Papers set at the Examination for Leaving Certificates, 1894
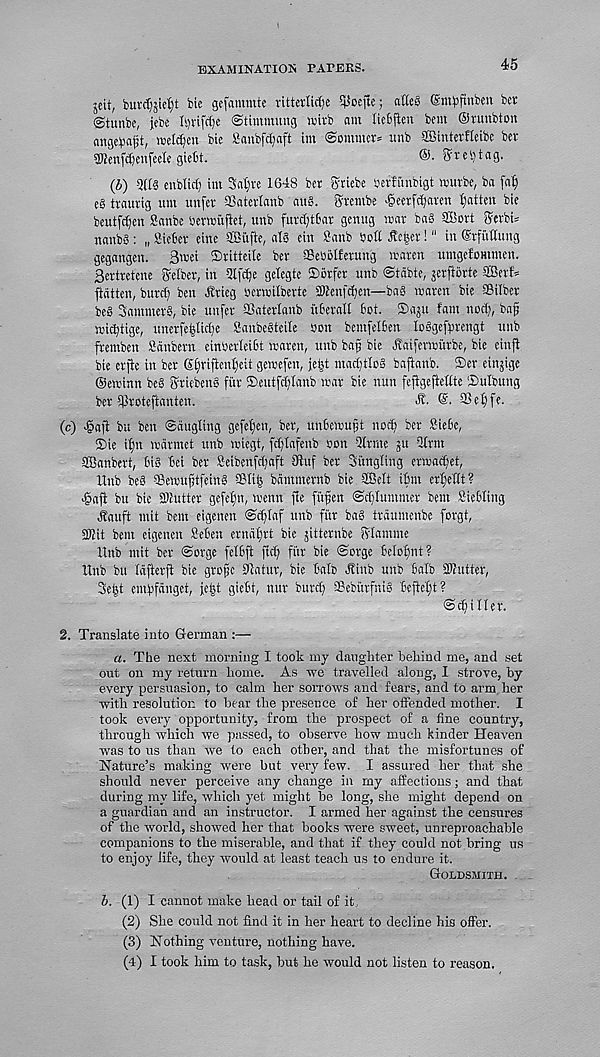
EXAMINATION PAPERS.
45
jeit, burd^ief)t bie gefammtc ritterlidte 5pocftc; atteS (Smbfiuben ber
igtunbc, jebe Il)rtfrf)e ©tiinmung ibirb am IteBjien bem ©runbton
ange^aft, raelc^cn bie Sanbfd)aft im Sommer* unb SCinterHeibe bev
SKenfdjeufeele giebt.
®- Sreijtag.
(b) 5H3 enblict) im Satire 1648 ber griebe berfi’mbigt wurbe, ba [a^
eg traurig urn unfer SSatertanb auS. grembe ^eerfd^aren fatten bie
beutf^en Sanbe bermujlet, unb furd)t6ar gemtg mar bag SBort gerbi*
nanbg: „ Sieber eine ffiufte, atg ein Sanb bott tte|er!" in (Srfultung
gegangen. Bmei Sritteite ber SSeOolferung rearen umgefommen.
Bertretene getber, in 5lf<$e getegte ©brfer unb Stdbte, jerftorte SBerf*
ftdtten, burd) ben Jtrieg bcnoitberte SWenf^en—bag waren bie SBilber
beg Sammerg, bie unfer SSatertanb itberalt bot. ©aju tarn nod), ba^
midjtige, unerfe|Iid)e Sanbegteite son bemfetben loggefbrengt unb
fremben SJdnbern einbertetbt voaren, unb bajj bie ttaifenourbe, bie einft
bie crfte in ber ©f)riftent)eit geroefen, j.e|t mad)tto§ baftanb. ®er einjige
©eminn beg griebeng fiir ©eutfdjtanb mar bie nun fefigeftedte Sutbung
ber tfiroteftanten.
■ff.
35et)ff.
(c) -gafi bu ben ©angling gefetfen, ber, unbemupt nod) ber £iebc,
©ie it)n marmet unb miegt, f^tafenb son 2(rme ju -2(rm
Sffianbert, big bei ber Seibenfdjaft 8hif ber Sitngling ermad)et,
Itnb beg 93emuftfeing SBIi^ bammernb bie SBett ifnn ertiettt?
^afi bu bie 2»utter gefet'n, menu fie fiifien ©d)tummer bem Siebling
jlauft mit bem eigenen ©d)taf unb fitr bag traumenbe forgt,
SKit bem eigenen Beben erndt)rt bie jitternbe gramme
Itnb mit ber ©orge fetbft fid) fiir bie ©orge belofjnt?
Unb bu tdfterft bie gro^e Statur, bie batb ^iub unb batb tKutter,
Sefst emfifdnget, je|t giebt, nur burd) SBeburfnig bcftet)t?
©fitter.
2. Translate into German :—
a. The next morning I took my daughter behind me, and set
out on my return home. As we travelled along, I strove, by
every persuasion, to calm her sorrows and fears, and to arm her
•with resolution to bear the presence of her offended mother. I
took every opportunity, from the prospect of a fine country,
through which we passed, to observe how much kinder Heaven
was to us than we to each other, and that the misfortunes of
Nature’s making were but very few. I assured her that she
should never perceive any change in my affections; and that
during my life, which yet might he long, she might depend on
a guardian and an instructor. I armed her against the censures
of the world, showed her that books were sweet, unreproachable
companions to the miserable, and that if they could not bring us
to enjoy life, they would at least teach us to endure it.
Goldsmith.
b. (1) I cannot make head or tail of it,
(2) She could not find it in her heart to decline his offer.
(3) Nothing venture, nothing have.
(4) I took him to task, but he would not listen to reason.